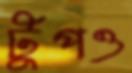
টুপও